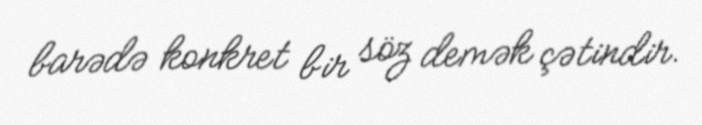
barədə konkret bir söz demək çətindir.